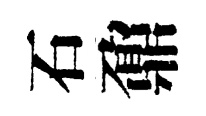
石鼐